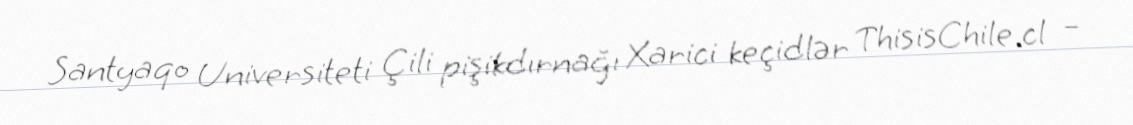
Santyaqo Universiteti Çili pişikdırnağı Xarici keçidlər ThisisChile.cl –